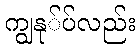
ကျွနု်ပ်လည်း